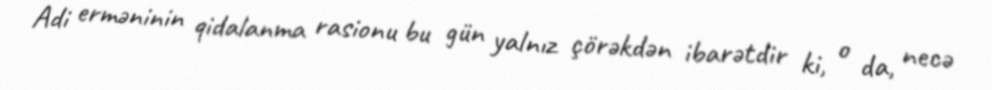
Adi erməninin qidalanma rasionu bu gün yalnız çörəkdən ibarətdir ki, o da, necə